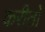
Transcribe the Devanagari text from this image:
करीतो